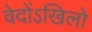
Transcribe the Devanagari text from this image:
वेदोंऽखिलो